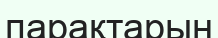
парақтарын